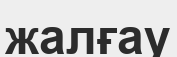
жалғау